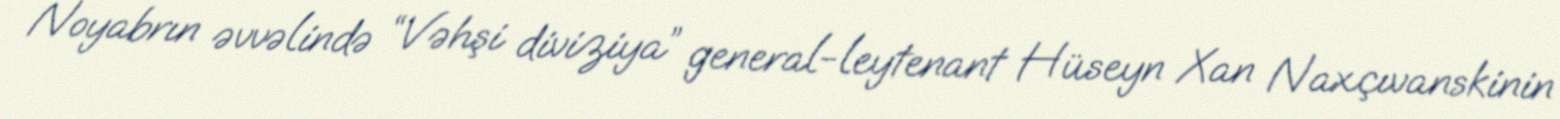
Noyabrın əvvəlində “Vəhşi diviziya” general-leytenant Hüseyn Xan Naxçıvanskinin